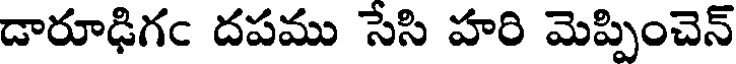
డారూఢిగఁ దపము సేసి హరి మెప్పించెన్